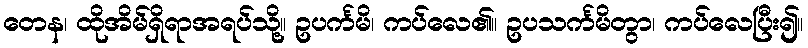
တေန၊ ထိုအိမ်ရှိရာအရပ်သို့။ ဥပင်္ကမိ၊ ကပ်လေ၏။ ဥပသင်္ကမိတွာ၊ ကပ်လေပြီး၍။